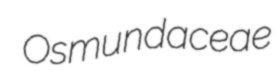
Osmundaceae